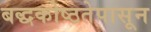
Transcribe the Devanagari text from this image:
बद्धकोष्ठतेपासून